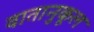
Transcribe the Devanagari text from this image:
वातानुकूल